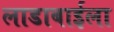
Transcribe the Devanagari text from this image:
लाडाबाईला